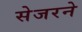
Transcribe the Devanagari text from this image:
सेजरने